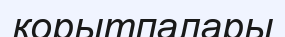
қорытпалары